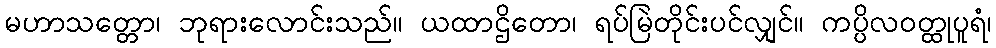
မဟာသတ္တော၊ ဘုရားလောင်းသည်။ ယထာဌိတော၊ ရပ်မြဲတိုင်းပင်လျှင်။ ကပ္ပိလဝတ္ထုပူရံ၊